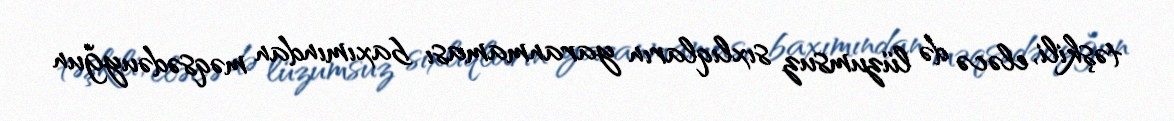
təşkili, eləcə də lüzumsuz sıxlıqların yaranmaması baxımından məqsədəuyğun